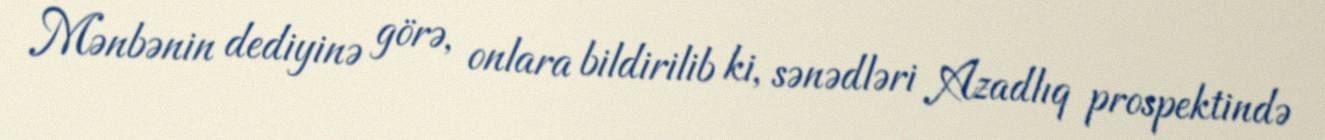
Mənbənin dediyinə görə, onlara bildirilib ki, sənədləri Azadlıq prospektində